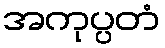
အကုပ္ပတံ